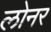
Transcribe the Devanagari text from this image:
लोनर